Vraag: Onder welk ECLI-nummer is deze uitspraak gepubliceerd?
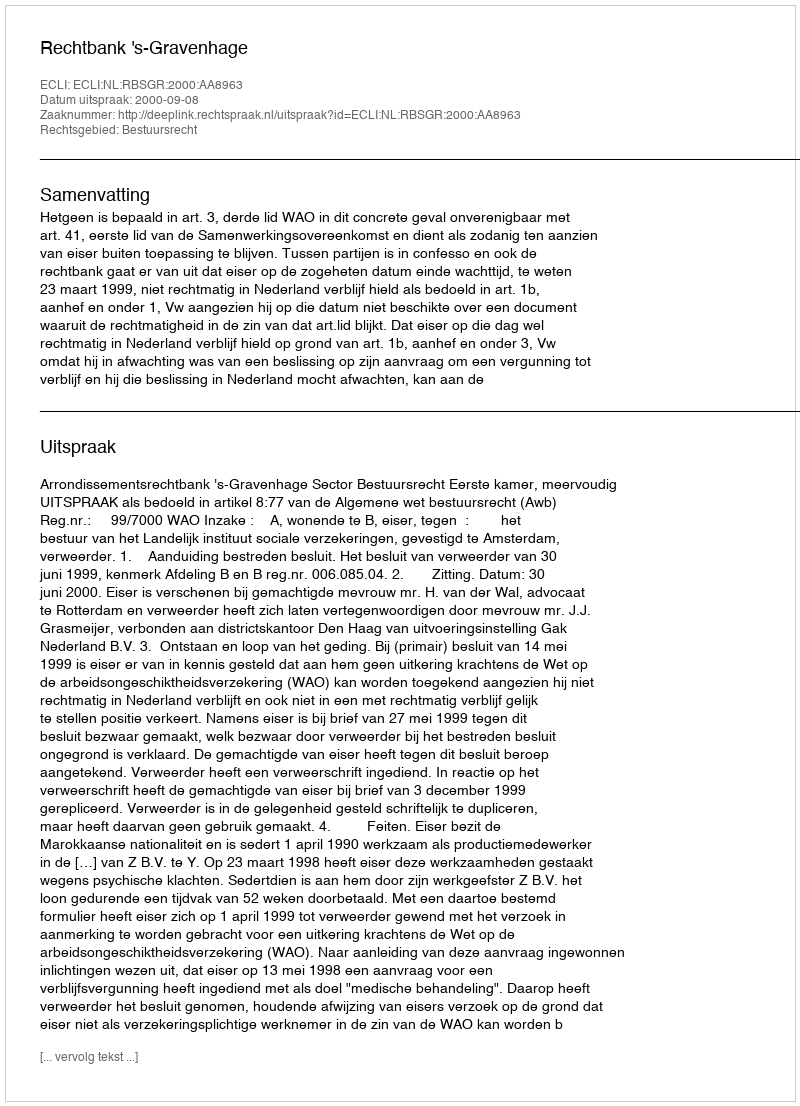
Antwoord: ECLI:NL:RBSGR:2000:AA8963